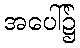
အပေါ်၌